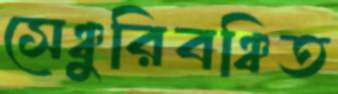
সেঞ্চুরিবঞ্চিত